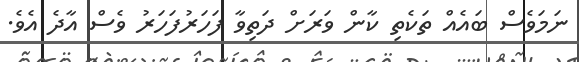
ނަމަވެސް ބައެއް ތަކެތި ކާން ވަރަށް ދަތިވާ ފަހަރުފަހަރު ވެސް އާދެ އެވެ.